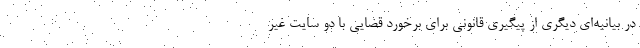
در بیانیه‌ای دیگری از پیگیری قانونی برای برخورد قضایی با دو سایت غیر